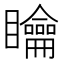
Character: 𥌺